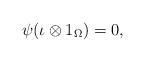
LaTeX: \begin{align*}\psi(\iota\otimes1_{\Omega})=0,\end{align*}